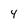
Character: 4